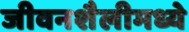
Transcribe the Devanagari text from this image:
जीवनशैलीमध्ये